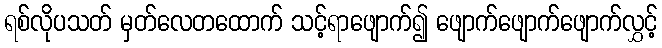
ရစ်လိုပသတ် မှတ်လေတထောက် သင့်ရာဖျောက်၍ ဖျောက်ဖျောက်ဖျောက်လွှင့်